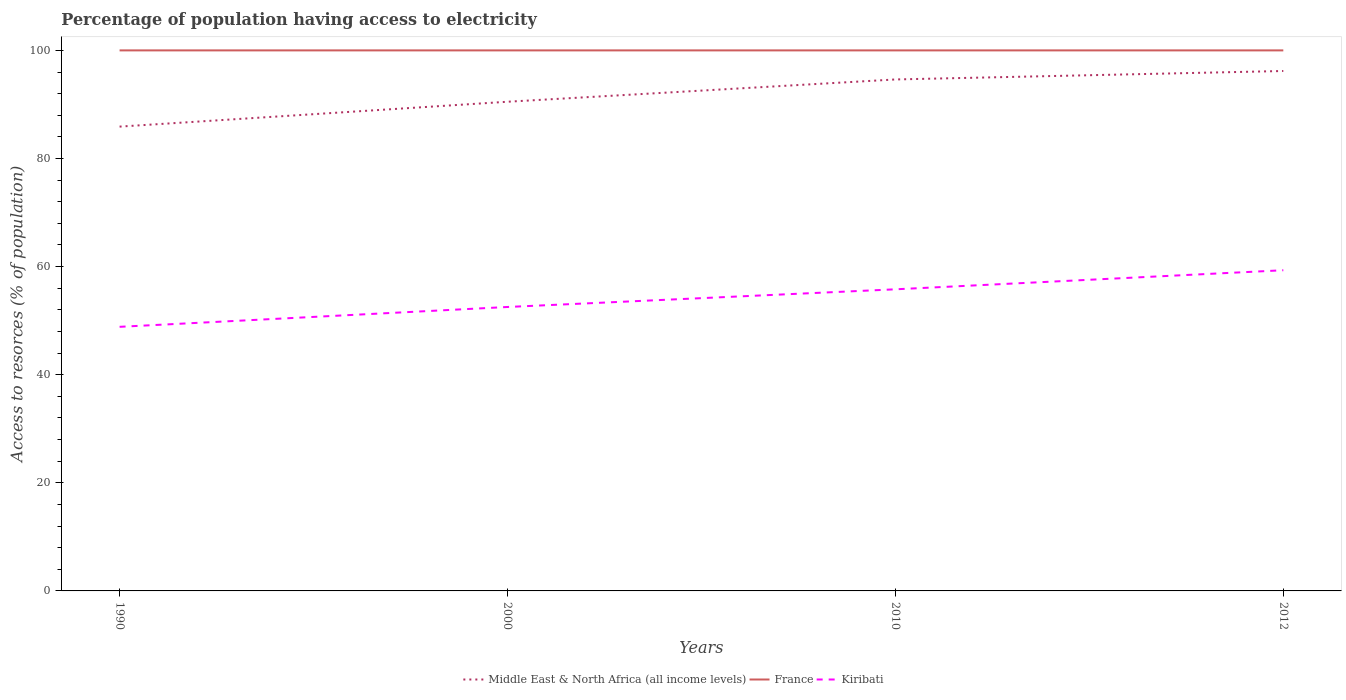
| Years | Middle East & North Africa (all income levels) | France | Kiribati |
 | --- | --- | --- | --- |
 | 1990 | 85.9 | 100 | 48.9 |
 | 2000 | 90.5 | 100 | 52.5 |
 | 2010 | 94.6 | 100 | 55.8 |
 | 2012 | 96.2 | 100 | 59.3 |